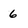
Character: 6